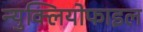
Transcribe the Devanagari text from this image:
न्युक्लियोफाइल